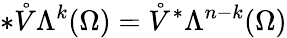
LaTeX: \ast\mathring{V}\Lambda^{k}(\Omega)=\mathring{V}^{\ast}\Lambda^{n-k}(\Omega)